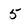
Character: 5